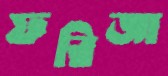
ফরিজা